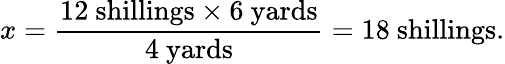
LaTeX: x={\frac{12\ {\mathrm{shillings}}\times 6\ {\mathrm{yards}}}{4\ {\mathrm{yards}}}}=18\ {\mathrm{shillings}}.